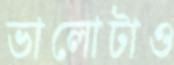
ভালোটাও